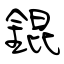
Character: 錕